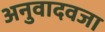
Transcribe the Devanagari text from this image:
अनुवादवजा